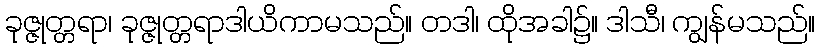
ခုဇ္ဇုတ္တရာ၊ ခုဇ္ဇုတ္တရာဒါယိကာမသည်။ တဒါ၊ ထိုအခါ၌။ ဒါသီ၊ ကျွန်မသည်။